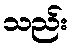
သည်း